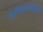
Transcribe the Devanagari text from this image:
गाजियाबादज़िले